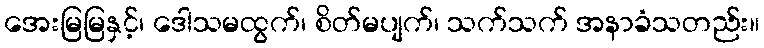
အေးမြမြနှင့်၊ ဒေါသမထွက်၊ စိတ်မပျက်၊ သက်သက် အနာခံသတည်း။